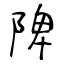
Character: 陴